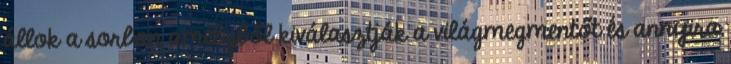
állok a sorban amelyből kiválasztják a világmegmentőt és annyira